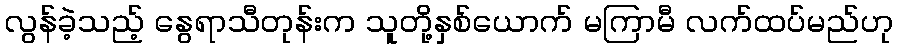
လွန်ခဲ့သည့် နွေရာသီတုန်းက သူတို့နှစ်ယောက် မကြာမီ လက်ထပ်မည်ဟု